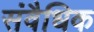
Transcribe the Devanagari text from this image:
संवैधिक